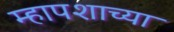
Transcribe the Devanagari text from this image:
म्हापशाच्या